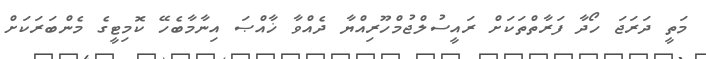
މަތީ ދަރަޖަ ހޯދާ ފަރާތްތަކަށް ރައީސުލްޖުމްހޫރިއްޔާ ދެއްވާ ޚާއްޞަ އިނާމާބެހޭ ކޮމިޓީގެ މެންބަރަކަށް